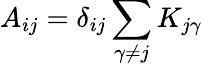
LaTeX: A_{ij}=\delta_{ij}\sum_{\gamma\neq j}K_{j\gamma}